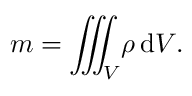
{ m } = { \iiint _ { V } \! \rho \, \mathrm { d } V } .